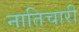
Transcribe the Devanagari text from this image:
नातिचारी